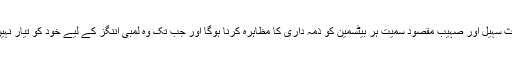
انہوں نے کہا کہ عمراکمل، حارث سہیل اور صہیب مقصود سمیت ہر بیٹسمین کو ذمہ داری کا مظاہرہ کرنا ہوگا اور جب تک وہ لمبی اننگز کے لیے خود کو تیار نہیں کریں گے ٹیم نہیں جیت سکتی۔